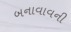
બનાવાવની